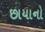
છાયાનો